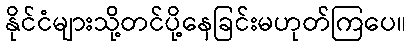
နိုင်ငံများသို့တင်ပို့နေခြင်းမဟုတ်ကြပေ။